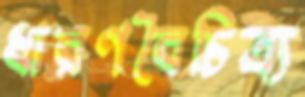
ধারণবৈচিত্র্য